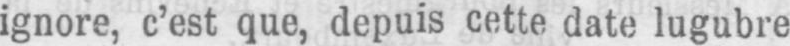
ignore, c’est que, depuis cette date lugubre